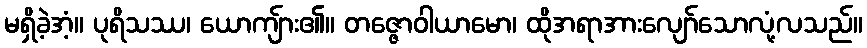
မရှိခဲ့အံ့။ ပုရိသဿ၊ ယောကျ်ား၏။ တဇ္ဇောဝါယာမော၊ ထိုအရာအားလျော်သောလုံ့လသည်။